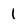
Character: 1